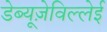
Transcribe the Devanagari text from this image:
डेब्यूज़ेविल्लेई